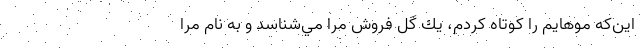
اين‌كه موهايم را كوتاه كردم، يك گل فروش مرا مي‌شناسد و به نام مرا